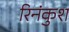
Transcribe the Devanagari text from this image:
रिनंकुश